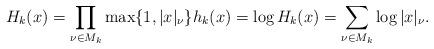
LaTeX: \begin{align*}H_k(x) = \prod_{\nu \in M_k} \max \{ 1, |x|_\nu \} h_k(x) = \log H_k(x)= \sum_{\nu \in M_k} \log |x|_\nu.\end{align*}